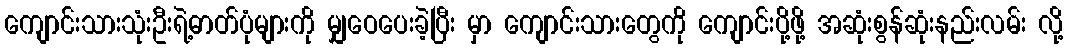
ကျောင်းသားသုံးဦးရဲ့ဓာတ်ပုံများကို မျှဝေပေးခဲ့ပြီး မှာ ကျောင်းသားတွေကို ကျောင်းပို့ဖို့ အဆုံးစွန်ဆုံးနည်းလမ်း လို့